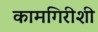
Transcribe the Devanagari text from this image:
कामगिरीशी